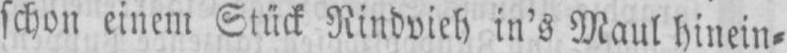
schon einem Stück Rindvieh in’s Maul hinein⸗